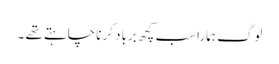
لوگ ہمارا سب کچھ برباد کرنا چاہتے تھے ۔